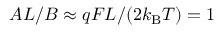
A L / B \approx q F L / ( 2 k _ { \mathrm { B } } T ) = 1